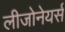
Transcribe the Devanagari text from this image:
लीजोनेयर्स